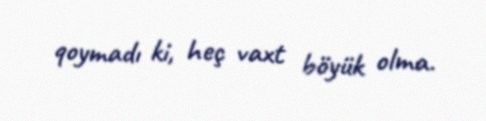
qoymadı ki, heç vaxt böyük olma.